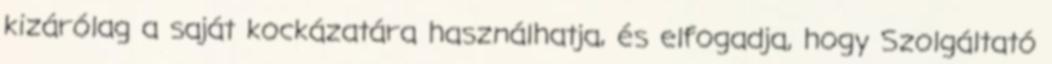
kizárólag a saját kockázatára használhatja, és elfogadja, hogy Szolgáltató